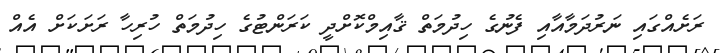
ރަށެއްގައި ނަރުދަމާއާއި ފެނުގެ ހިދުމަތް ޤާއިމްކޮށްދީ ކަރަންޓުގެ ހިދުމަތް ހުރިހާ ރަށަކަށް އެއް